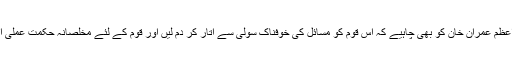
وزیراعظم عمران خان کو بھی چاہیے کہ اس قوم کو مسائل کی خوفناک سُولی سے اتار کر دم لیں اور قوم کے لئے مخلصانہ حکمت عملی اپنائیں۔